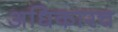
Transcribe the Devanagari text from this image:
अधिकारच